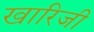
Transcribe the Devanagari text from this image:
खारिजी